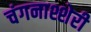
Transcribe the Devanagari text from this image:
चंगनाश्शेरी